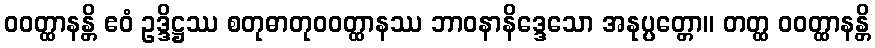
ဝဝတ္ထာနန္တိ ဧဝံ ဥဒ္ဒိဋ္ဌဿ စတုဓာတုဝဝတ္ထာနဿ ဘာဝနာနိဒ္ဒေသော အနုပ္ပတ္တော။ တတ္ထ ဝဝတ္ထာနန္တိ